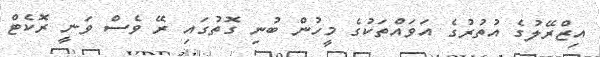
އިޒްރޭލުގެ އުތުރުގެ އަވައްތަކުގެ މީހުން ބުނި ގޮތުގައި ރޭ ވެސް ވަނީ ރޮކެޓް